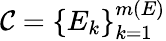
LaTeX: \mathcal{C}=\left\{ E_{k}\right\} _{k=1}^{m(E)}